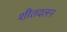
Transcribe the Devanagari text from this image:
शीतदलन